Plague in India, 1896, 1897 - Volume 2
Year: 1896
Disease focus: Plague
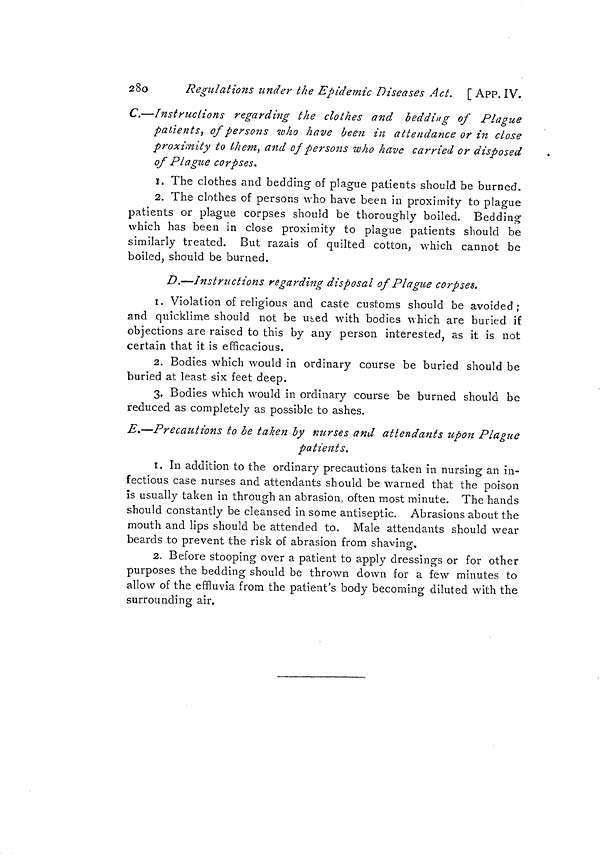
280
Regulations under the Epidemic Diseases Act. [ APP. IV.
C.—Instructions regarding the clothes and bedding of Plague
patients, of persons who have been in attendance or in close
proximity to them, and of persons who have carried or disposed
of Plague corpses.
1. The clothes and bedding of plague patients should be burned.
2. The clothes of persons who have been in proximity to plague
patients or plague corpses should be thoroughly boiled. Bedding
which has been in close proximity to plague patients should be
similarly treated. But razáis of quilted cotton, which cannot be
boiled, should be burned.
D.—Instructions regarding disposal of Plague corpses.
1. Violation of religious and caste customs should be avoided;
and quicklime should not be uted with bodies which are buried if
objections are raised to this by any person interested, as it is not
certain that it is efficacious.
2. Bodies which would in ordinary course be buried should be
buried at least six feet deep.
3. Bodies which would in ordinary course be burned should be
reduced as completely as possible to ashes.
B.—Precautions to be taken by nurses and attendants upon Plague
patients.
1. In addition to the ordinary precautions taken in nursing an in-
fectious case nurses and attendants should be warned that the poison
is usually taken in through an abrasion, often most minute. The hands
should constantly be cleansed in some antiseptic. Abrasions about the
mouth and lips should be attended to. Male attendants should wear
beards to prevent the risk of abrasion from shaving,
2. Before stooping over a patient to apply dressings or for other
purposes the bedding should be thrown down for a few minutes to
allow of the effluvia from the patient's body becoming diluted with the
surrounding air.